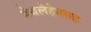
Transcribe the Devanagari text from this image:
बेथलेहेमसह